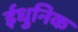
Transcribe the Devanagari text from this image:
ईधुनिक